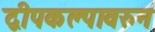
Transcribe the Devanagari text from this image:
द्वीपकल्पावरुन